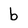
Character: b